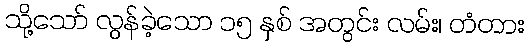
သို့သော် လွန်ခဲ့သော ၁၅ နှစ် အတွင်း လမ်း၊ တံတား